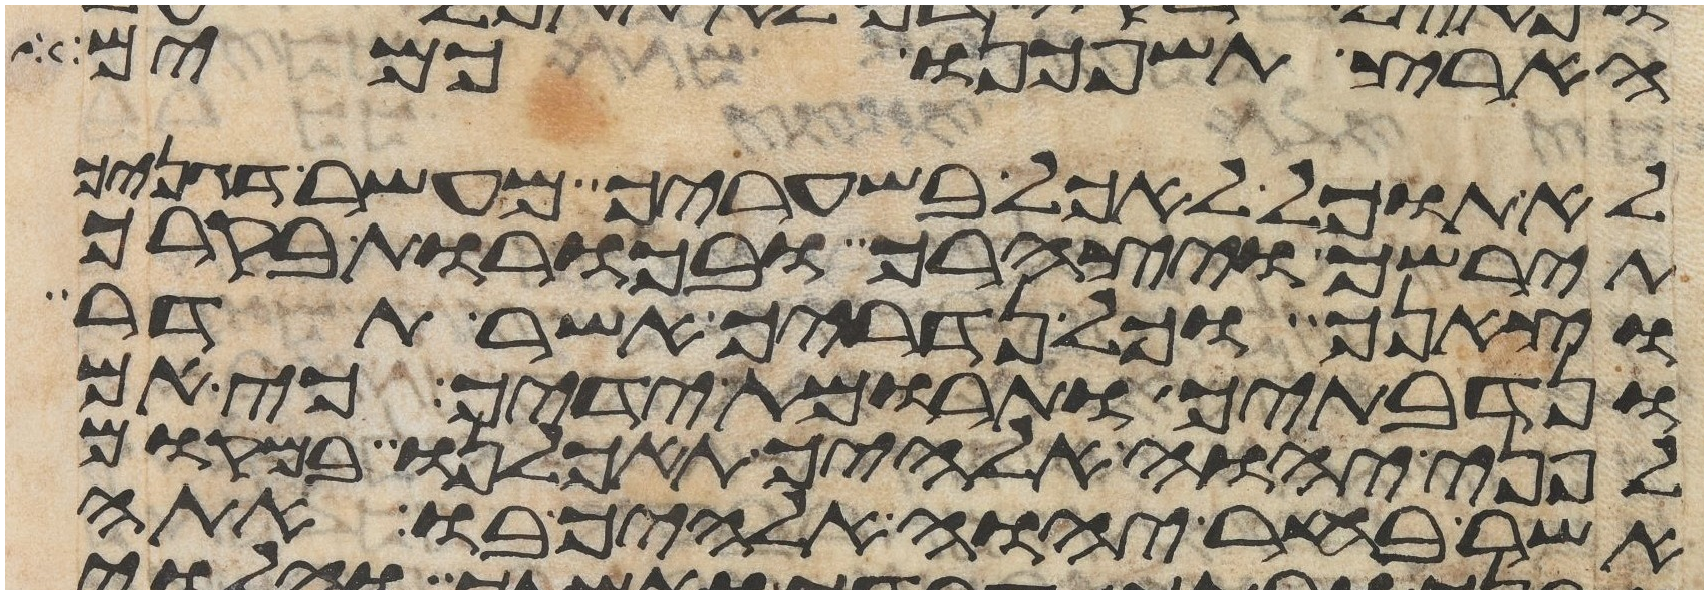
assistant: הארץ תשפכנו כמים
לא תוכל לאכל בשעריך מעשר דגנך
תירשך ויצהרך ובכורת בקרך
וצאנך וכל נדריך אשר תדר
ונדבתיך ותרומות ידיך כי אם
לפני יהוה אלהיך תאכלנו במקום
אשר בחר יהוה אלהיך בו אתה